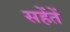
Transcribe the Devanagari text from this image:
सहेंतें